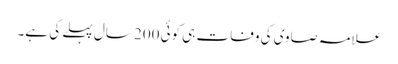
علامہ صاوی کی وفات ہی کوئی 200 سال پہلے کی ہے۔